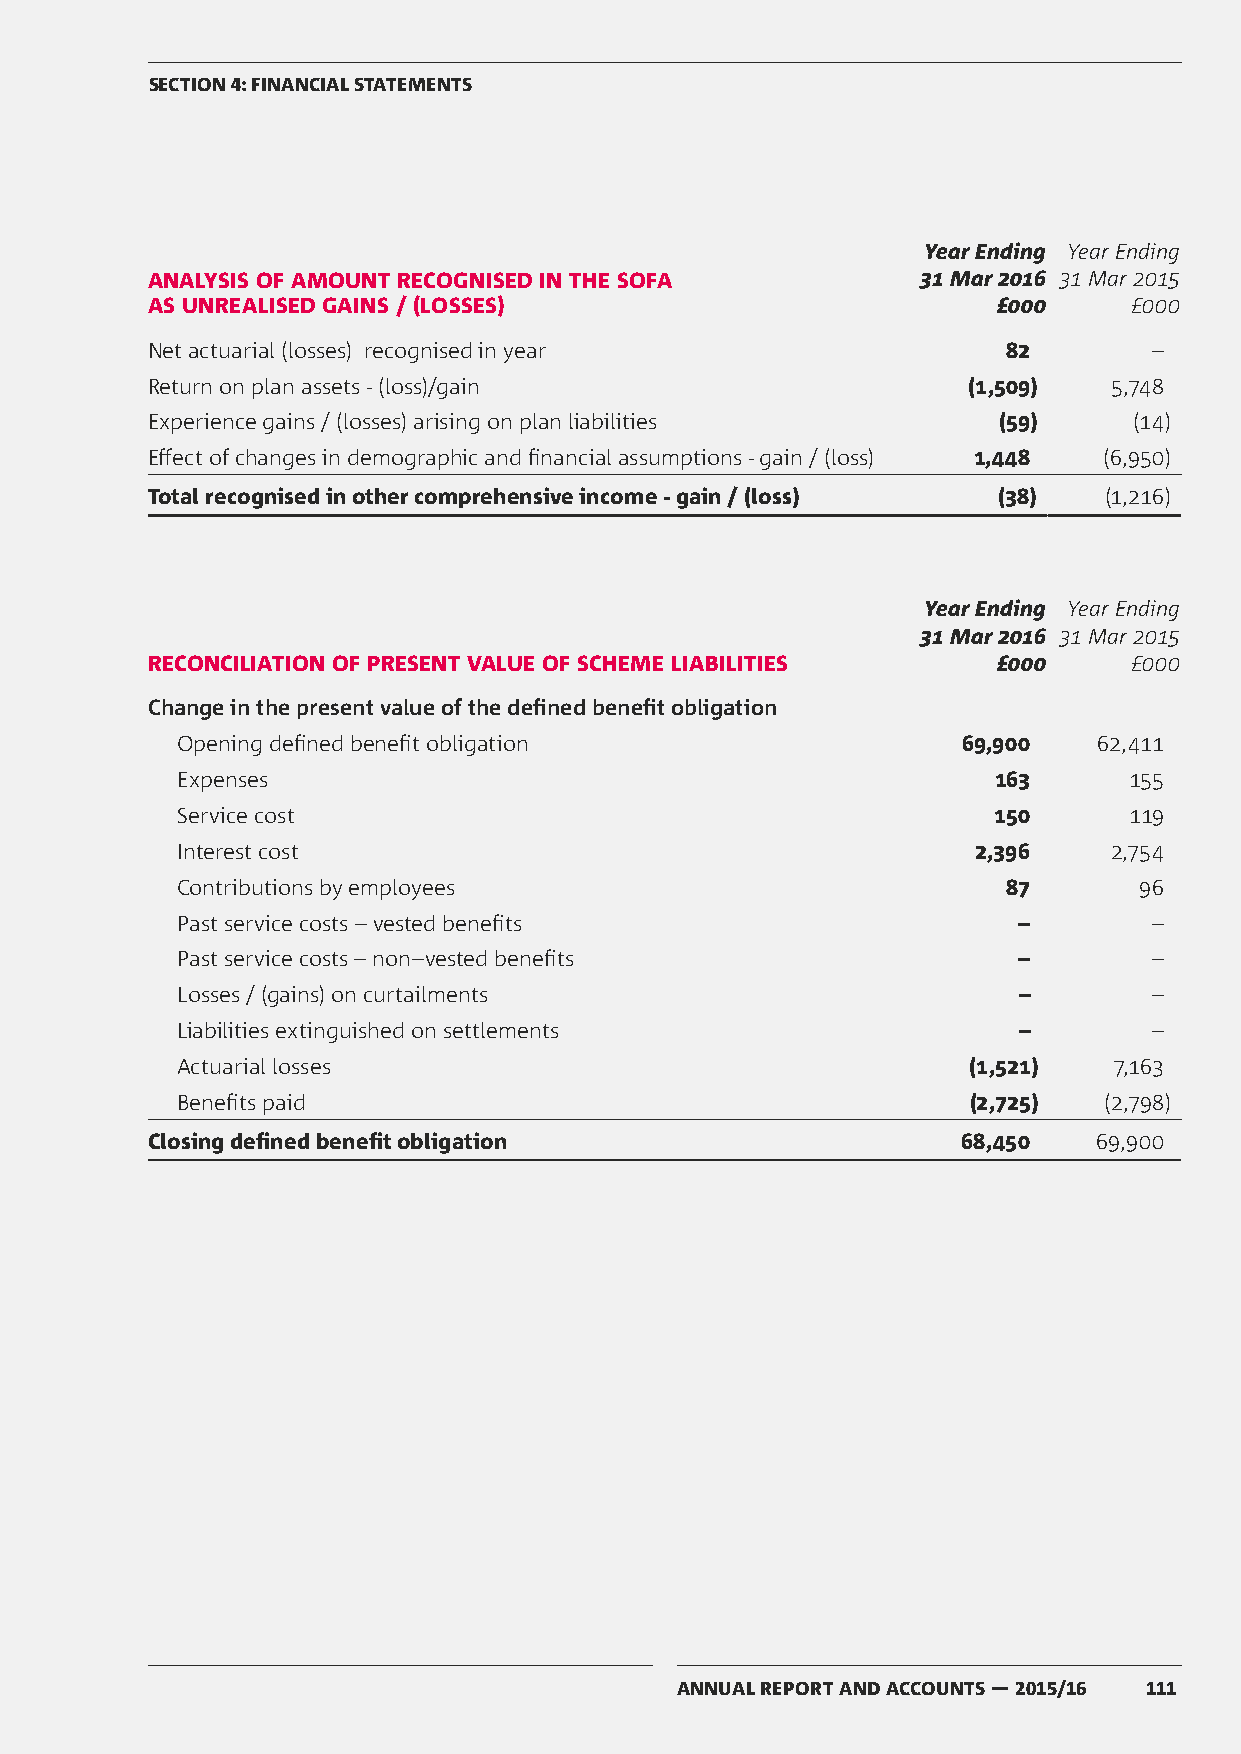
SECTION 4: FINANCIAL STATEMENTS
 Year Ending Year Ending
 ANALYSIS OF AMOUNT RECOGNISED IN THE SOFA          31 Mar 2016 31 Mar 2015
 AS UNREALISED GAINS / (LOSSES)                          £000     £000
 Net actuarial (losses) recognised in year                82       –
 Return on plan assets - (loss)/gain                   (1,509)  5,748
 Experience gains / (losses) arising on plan liabilities (59)     (14)
 Effect of changes in demographic and financial assumptions - gain / (loss) 1,448 (6,950)
 Total recognised in other comprehensive income - gain / (loss) (38) (1,216)
 Year Ending Year Ending
 31 Mar 2016 31 Mar 2015
 RECONCILIATION OF PRESENT VALUE OF SCHEME LIABILITIES   £000     £000
 Change in the present value of the defined benefit obligation
 Opening defined benefit obligation                  69,900   62,411
 Expenses                                              163      155
 Service cost                                          150      119
 Interest cost                                        2,396   2,754
 Contributions by employees                             87      96
 Past service costs – vested benefits                   –        –
 Past service costs – non–vested benefits               –        –
 Losses / (gains) on curtailments                       –        –
 Liabilities extinguished on settlements                –        –
 Actuarial losses                                    (1,521)   7,163
 Benefits paid                                       (2,725)  (2,798)
 Closing defined benefit obligation                    68,450   69,900
 ANNUAL REPORT AND ACCOUNTS — 2015/16 111